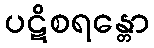
ပဋိစရန္တော